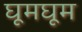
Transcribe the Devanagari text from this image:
घूमघूम